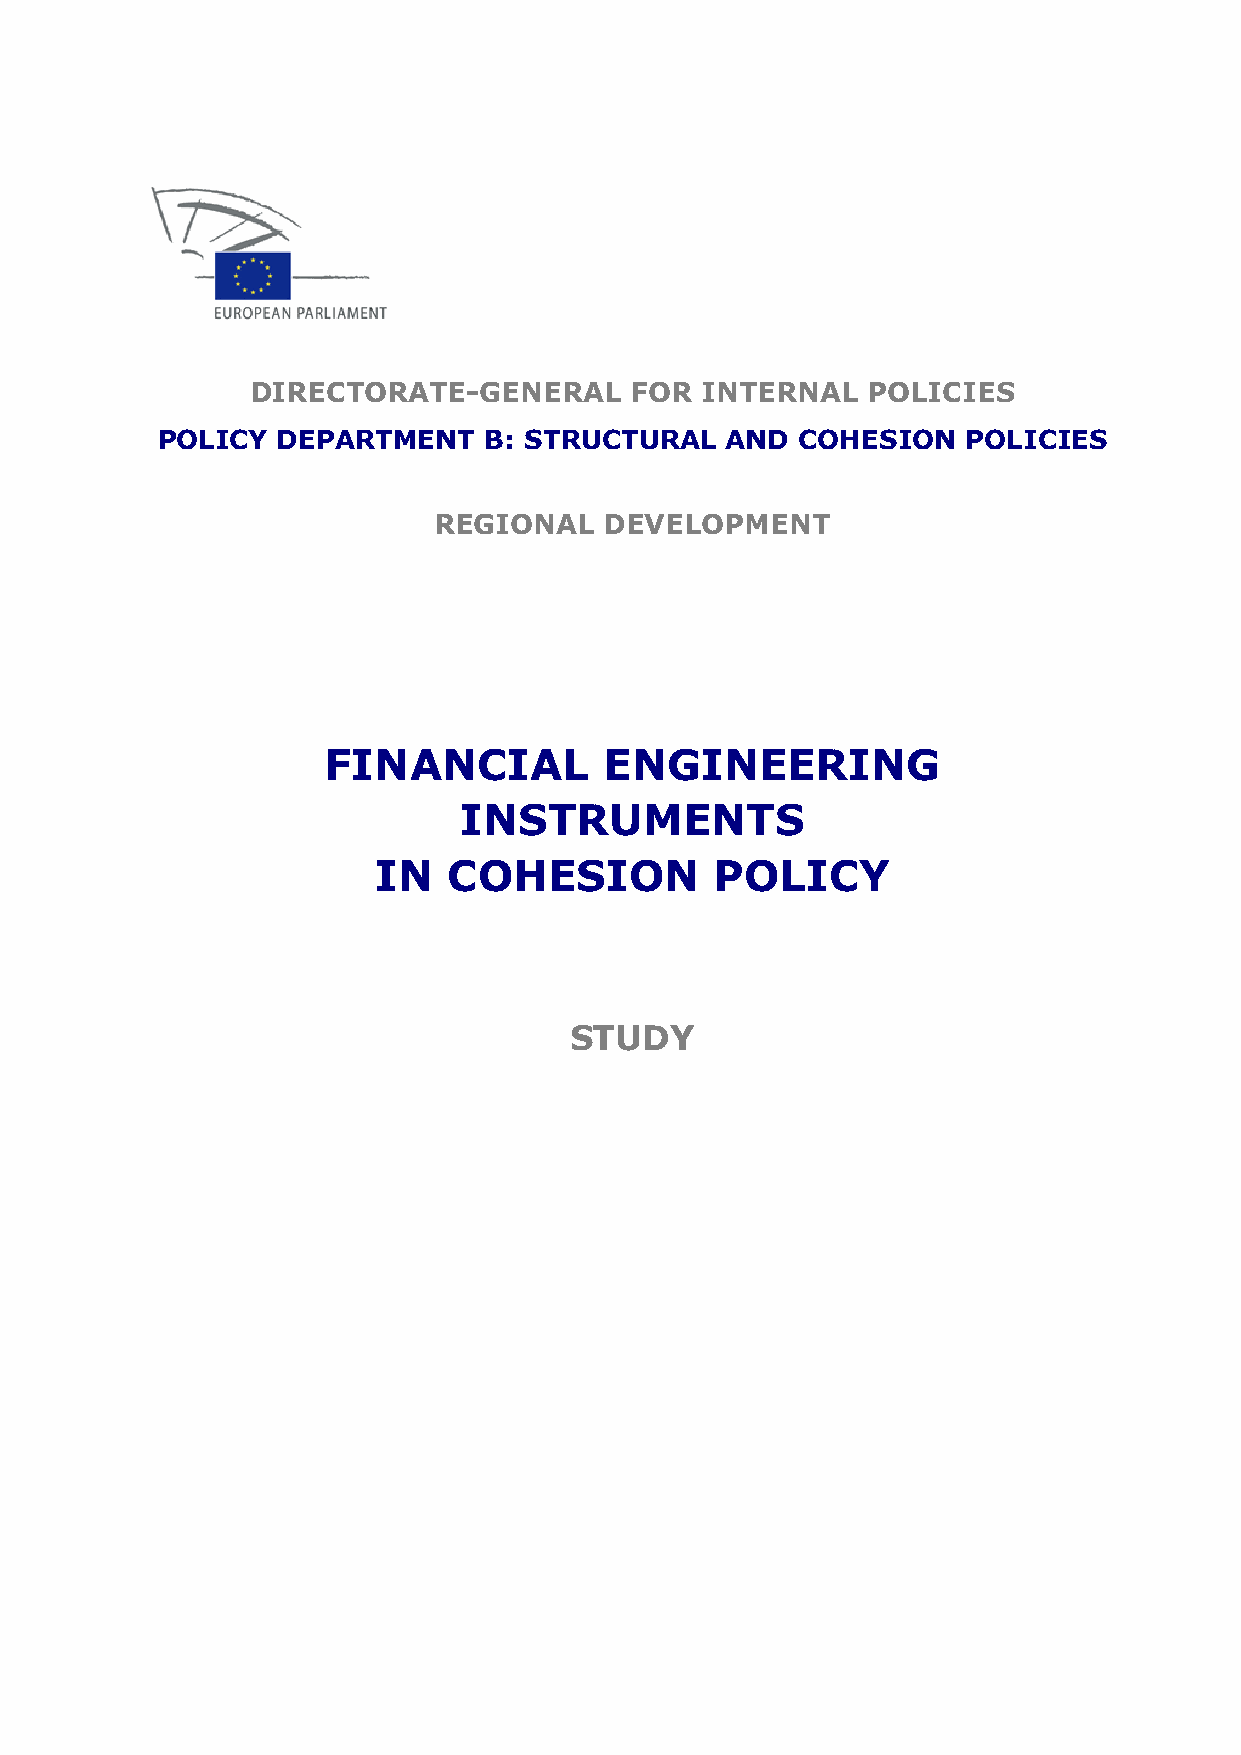
DIRECTORATE-GENERAL      FOR INTERNAL   POLICIES
 POLICY  DEPARTMENT    B: STRUCTURAL   AND  COHESION   POLICIES
 REGIONAL   DEVELOPMENT
 FINANCIAL          ENGINEERING
 INSTRUMENTS
 IN   COHESION         POLICY
 STUDY